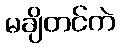
မချိတင်ကဲ